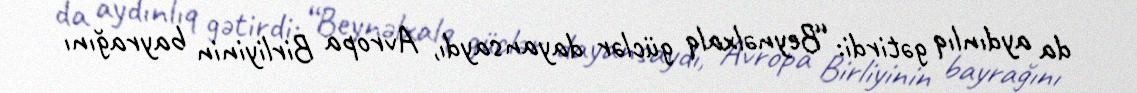
da aydınlıq gətirdi: “Beynəlxalq güclər dayansaydı, Avropa Birliyinin bayrağını